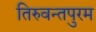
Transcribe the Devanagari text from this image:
तिरुवन्तपुरम